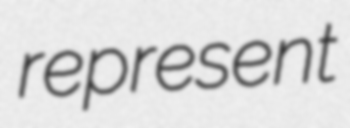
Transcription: represent